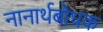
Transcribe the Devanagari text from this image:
नानार्थबोधक